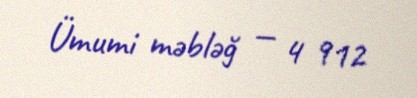
Ümumi məbləğ — 4 912